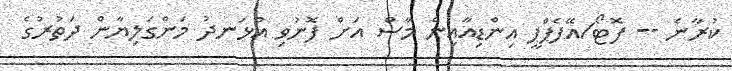
ކުރާނެ -- ފޮޓޯ/އޭފެޕްޕީ އިންޑިއާއިން މާސް އަށް ފޮނުވި އުޅަނދު މަންގަލިޔާން ދަތުރުގެ